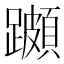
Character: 𨆵